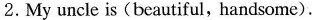
2.My uncle is(beautiful, handsome).